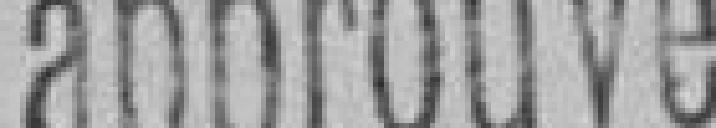
approuvé